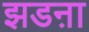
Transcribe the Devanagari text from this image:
झडऩा